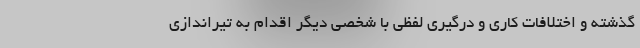
گذشته و اختلافات کاری و درگیری لفظی با شخصی دیگر اقدام به تیراندازی